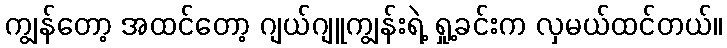
ကျွန်တော့ အထင်တော့ ဂျယ်ဂျူကျွန်းရဲ့ ရှု့ခင်းက လှမယ်ထင်တယ်။